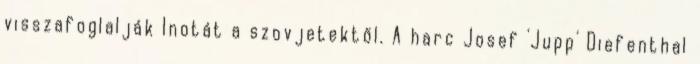
visszafoglalják Inotát a szovjetektől. A harc Josef 'Jupp' Diefenthal